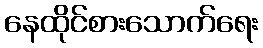
နေထိုင်စားသောက်ရေး